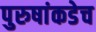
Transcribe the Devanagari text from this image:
पुरुषांकडेच